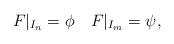
LaTeX: \begin{align*}F|_{I_{n}}=\phi \ \ \ F|_{I_{m}}=\psi , \end{align*}